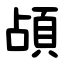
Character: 頕